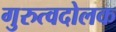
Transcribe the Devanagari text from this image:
गुरुत्वदोलक